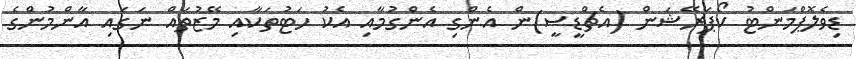
ޑިވެލޮޕްމަންޓު ކޯޕަރޭޝަން (އެޗްޑީސީ)ން އެންގި އެންގުމާއި އެކު ހަޓުތަކާއި މޭޒުތައް ނަގައި އާންމުންގެ